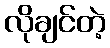
လိုချင်တဲ့